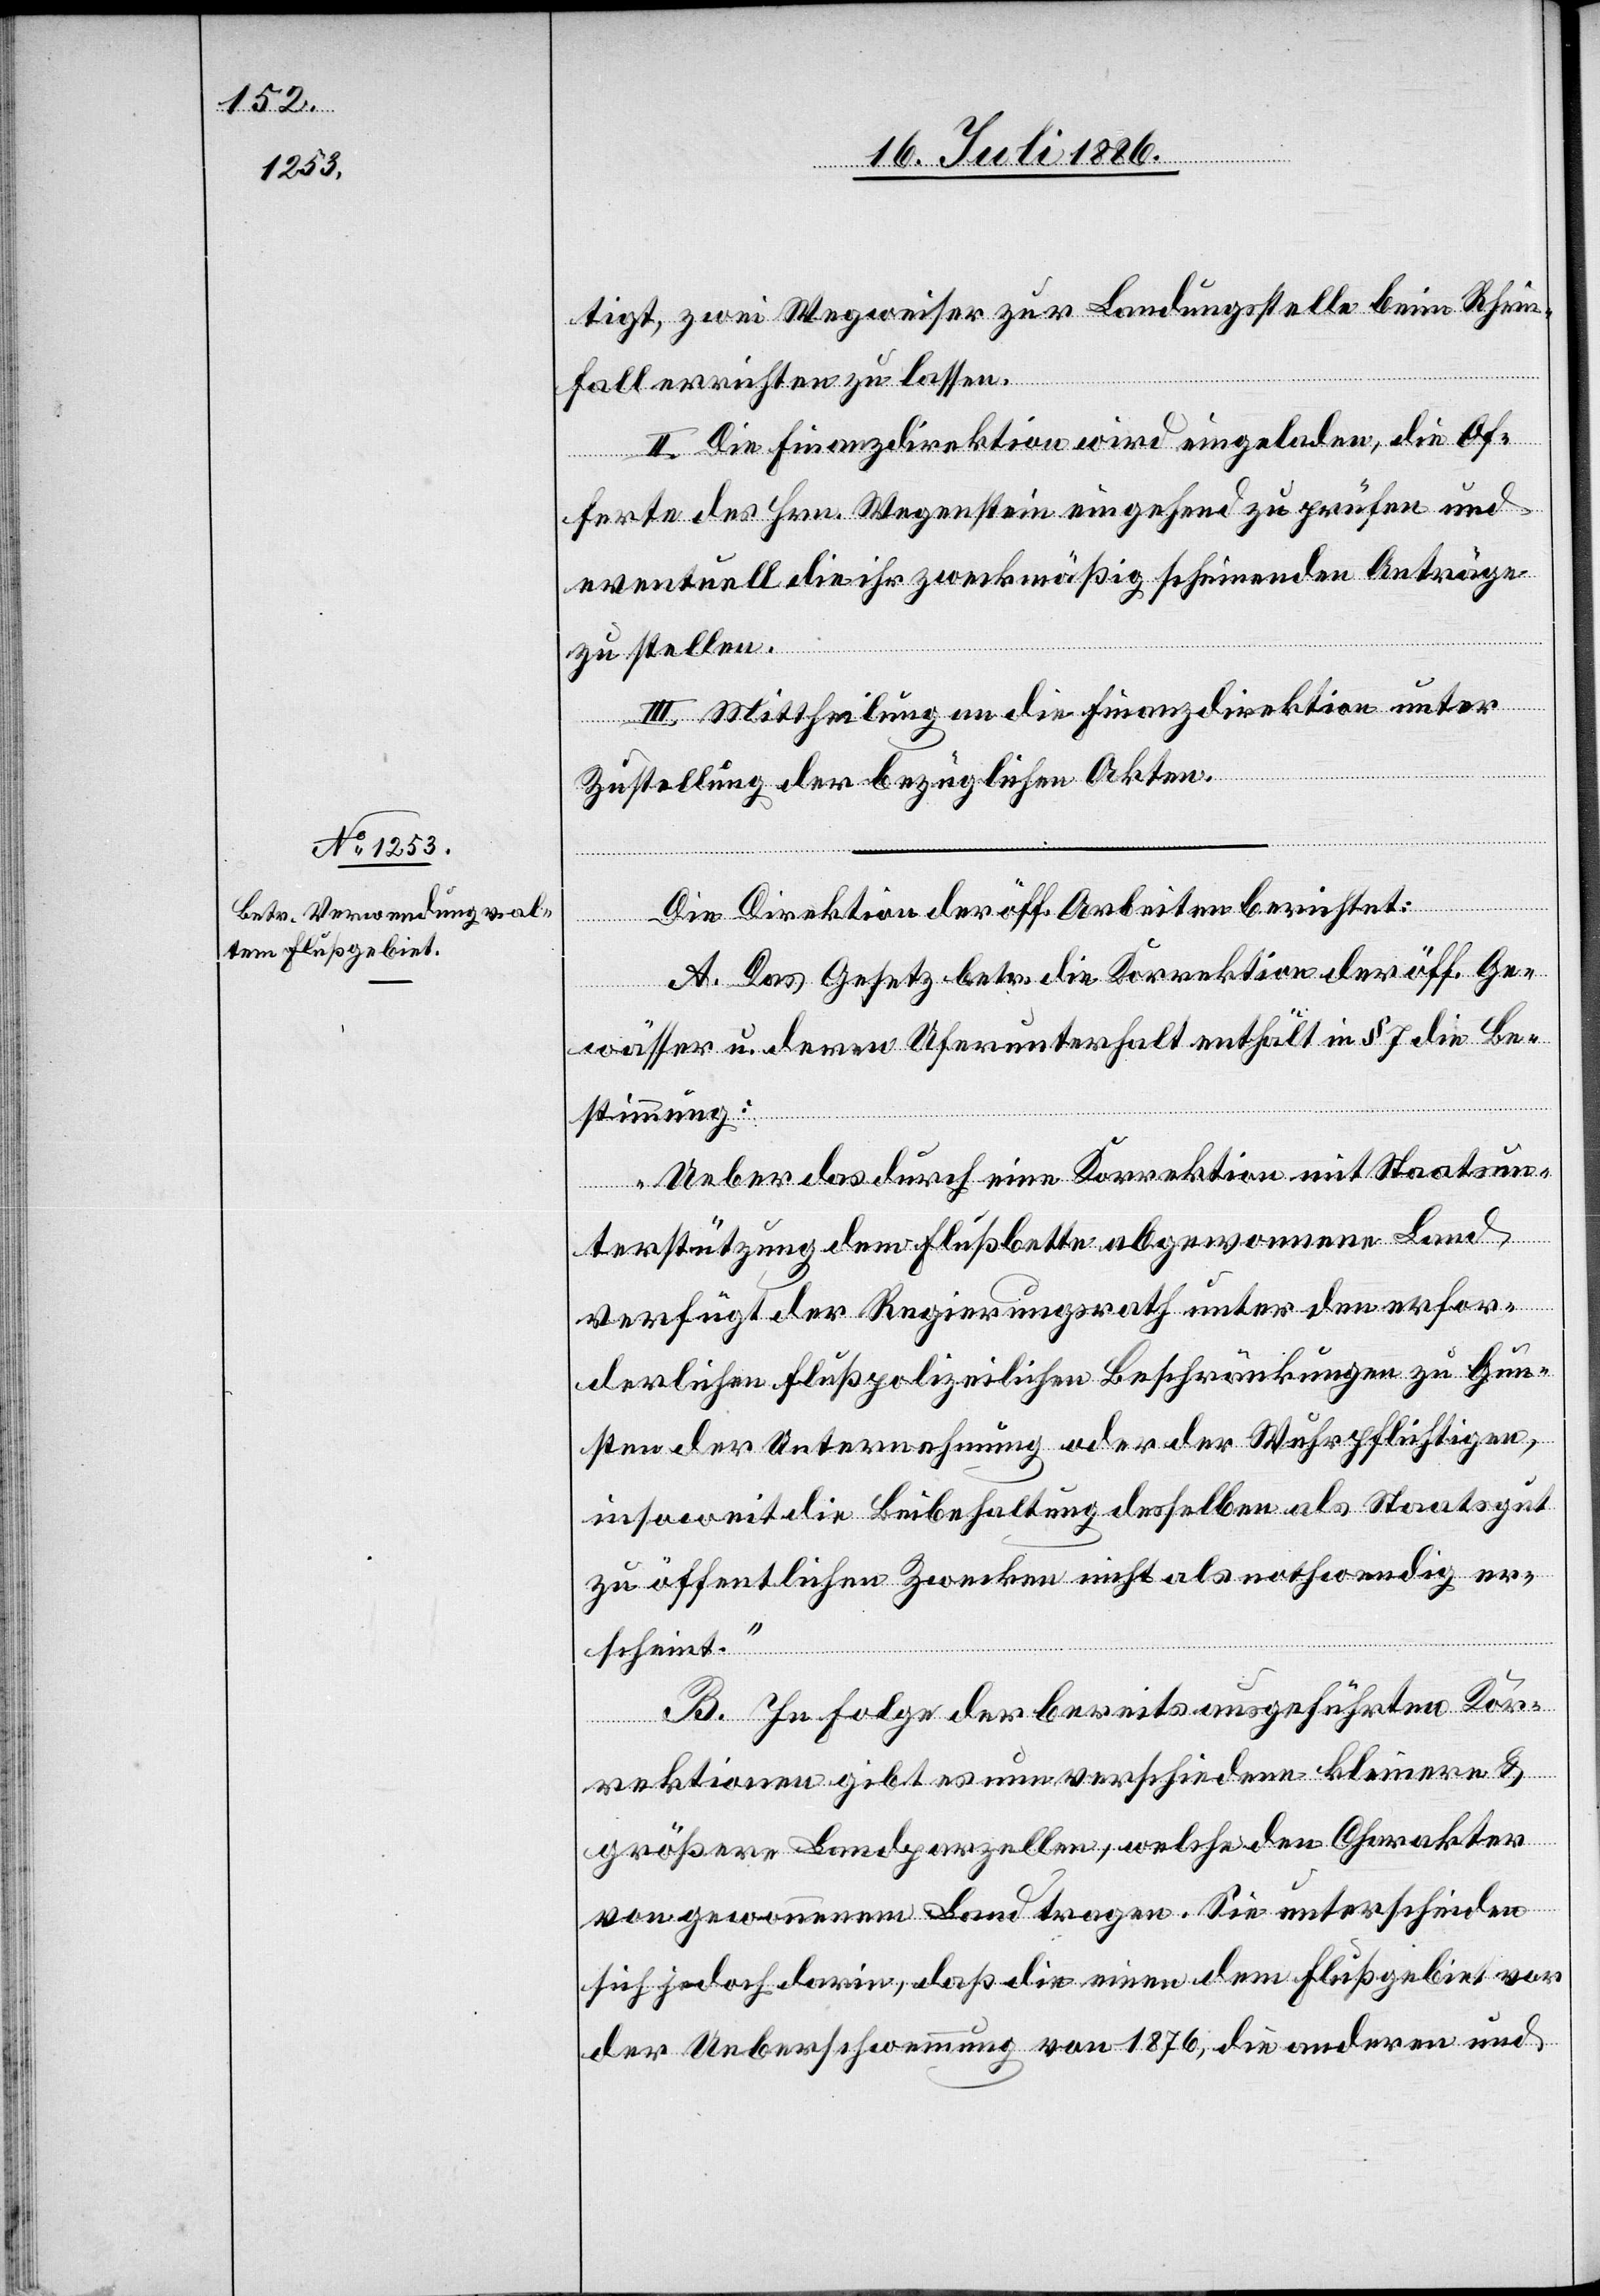
tigt, zwei Wegweiser zur Landungsstelle beim Rhein¬
fall errichten zu lassen.
II. Die Finanzdirektion wird eingeladen, die Of¬
ferte des Hrn. Wegenstein eingehend zu prüfen und
eventuell die ihr zweckmäßig scheinenden Anträge
zu stellen.
III. Mittheilung an die Finanzdirektion unter
Zustellung der bezüglichen Akten.
Die Direktion der öff. Arbeiten berichtet:
A. Das Gesetz betr. die Korrektion der öff. Ge¬
wässer u. deren Uferunterhalt enthält in § 7 die Be¬
stimmung:
„Ueber das durch eine Korrektion mit Staatsun¬
terstützung dem Flußbette abgewonnene Land
verfügt der Regierungsrath unter den erfor¬
derlichen flußpolizeilichen Beschränkungen zu Gun¬
sten der Unternehmung oder der Wuhrpflichtigen,
insoweit die Beibehaltung desselben als Staatsgut
zu öffentlichen Zwecken nicht als nothwendig er¬
scheint.“
B. In Folge der bereits ausgeführten Kor¬
rektionen gibt es nun verschiedene kleinere &
größere Landparzellen, welche den Charakter
von gewonnenem Land tragen. Sie unterscheiden
sich jedoch darin, daß die einen dem Flußgebiet vor
der Ueberschwemmung von 1876, die anderen und